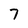
Character: 7